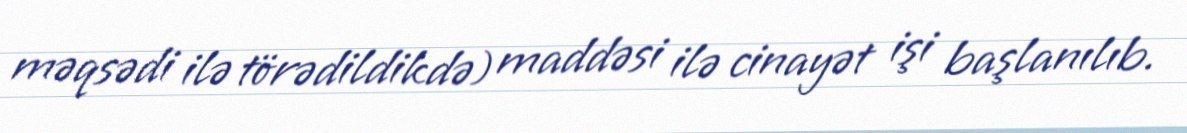
məqsədi ilə törədildikdə) maddəsi ilə cinayət işi başlanılıb.